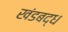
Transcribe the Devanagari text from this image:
खंडबद्ध